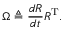
\Omega \triangleq { \frac { d R } { d t } } R ^ { \mathrm { T } } .